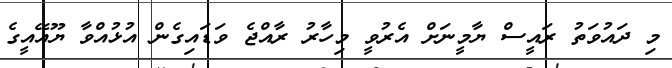
މި ދައުވަތު ރައީސް ޔާމީނަށް އެރުވީ މިހާރު ރާއްޖެ ވަޑައިގެން އުޅުއްވާ ޔޫއޭއީގެ